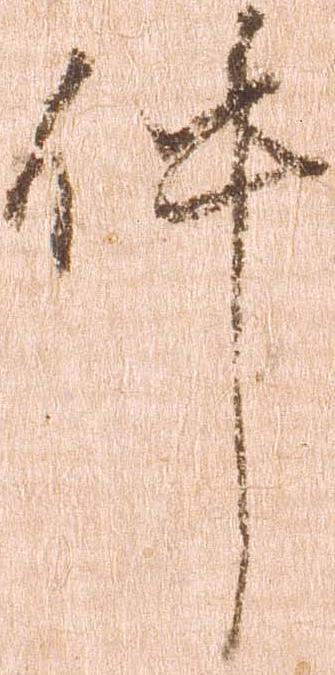
件